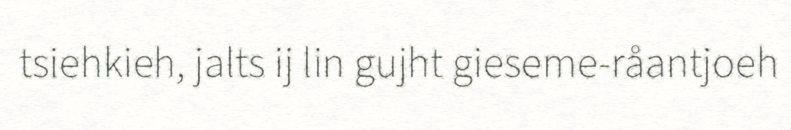
tsiehkieh, jalts ij lin gujht gieseme-råantjoeh